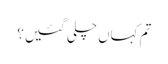
تم کہاں چلی گئیں؟